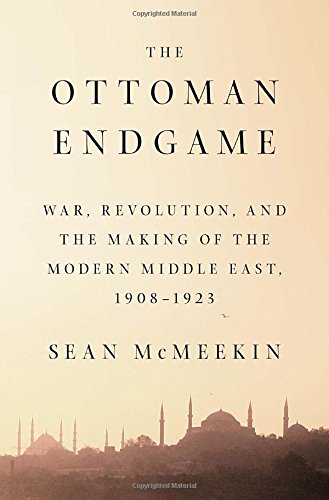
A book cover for The Ottoman Endgame: War, Revolution, and the Making of the Modern Middle East, 1908 - 1923; Sean Mcmeekin; History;